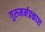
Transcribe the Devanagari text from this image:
गुरुमर्मप्रकाश